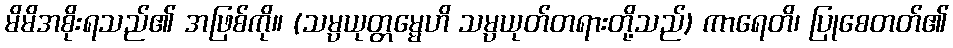
မိမိအစိုးရသည်၏ အဖြစ်ကို။ (သမ္ပယုတ္တမ္မေဟိ သမ္ပယုတ်တရားတို့သည်) ကာရေတိ၊ ပြုစေတတ်၏